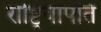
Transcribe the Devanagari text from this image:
राष्ट्रियापति